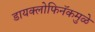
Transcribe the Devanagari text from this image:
डायक्लोफिनॅकमुळे